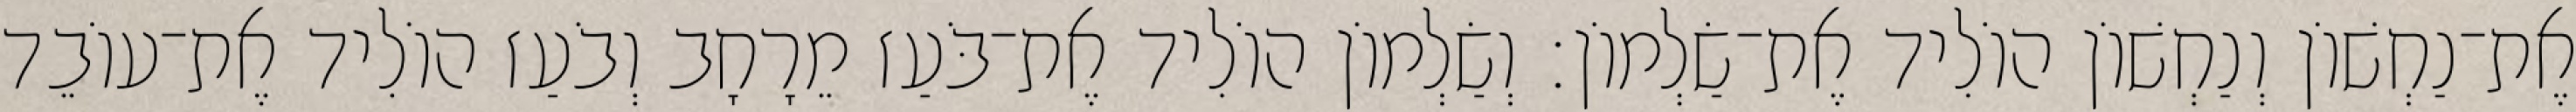
אֶת־נַחְשׁוֹן וְנַחְשׁוֹן הוֹלִיד אֶת־שַׂלְמוֹן׃ וְשַׂלְמוֹן הוֹלִיד אֶת־בֹּעַז מֵרָחָב וְבֹעַז הוֹלִיד אֶת־עוֹבֵד